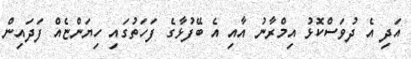
އަދި އެ ދުވަސްކޮޅު އިމްރާނު އާއި އެ ބޭފުޅާގެ ފަހަތުގައި ހިޔަންޏެއް ފަދައިން